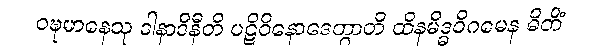
ဝဍ္ဎမာနေသု ဒါနာဒီနီတိ ပဋိဝိနောဒေတွာတိ ထိနမိဒ္ဓဝိဂမေန ဓိတိံ